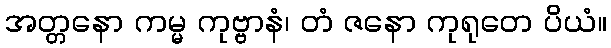
အတ္တနော ကမ္မ ကုဗ္ဗာနံ၊ တံ ဇနော ကုရုတေ ပိယံ။